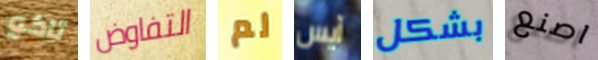
تاكو التفاوض لم آيس بشكل اصنع